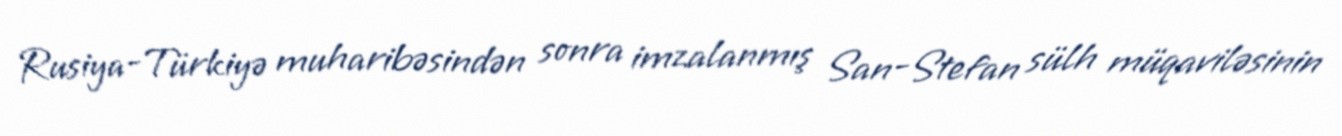
Rusiya-Türkiyə muharibəsindən sonra imzalanmış San-Stefan sülh müqaviləsinin